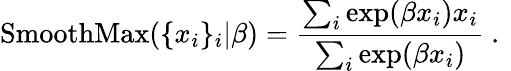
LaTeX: \operatorname{SmoothMax}(\{ x_{i}\} _{i}|\beta)=\frac{\sum_{i}\exp(\beta x_{i})x_{i}}{\sum_{i}\exp(\beta x_{i})}\mathrm{~.~}